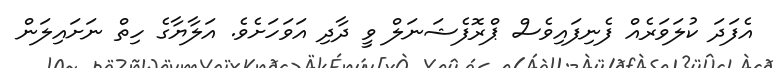
އެފަދަ ކުލަވަރެއް ފެނިފައިވެސް ޕްރޮފެޝަނަލް ވީ ދާދި އަވަހަށެވެ. އަލާޔާގެ ހިތް ނަށައިލަން